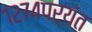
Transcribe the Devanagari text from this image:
१२७४पर्यंत